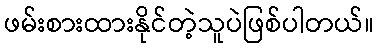
ဖမ်းစားထားနိုင်တဲ့သူပဲဖြစ်ပါတယ်။